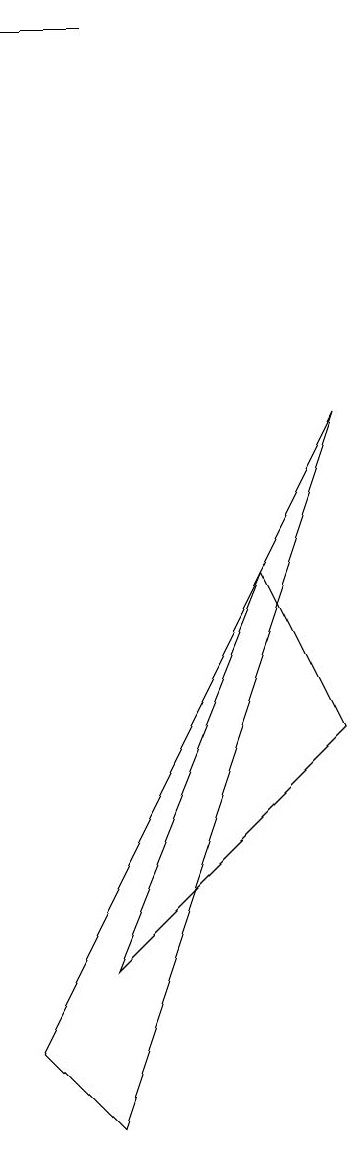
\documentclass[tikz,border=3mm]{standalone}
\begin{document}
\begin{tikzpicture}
\draw (2,14) rectangle (3,14);
\draw (3,2) -- (6,5) -- (5,7) -- cycle;
\draw (3,0) -- (2,1) -- (6,9) -- cycle;
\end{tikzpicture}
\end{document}